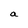
Character: a